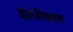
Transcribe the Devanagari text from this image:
इंग्रजीकरण